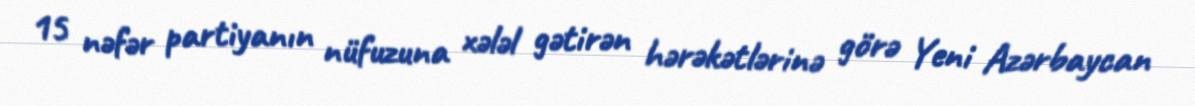
15 nəfər partiyanın nüfuzuna xələl gətirən hərəkətlərinə görə Yeni Azərbaycan